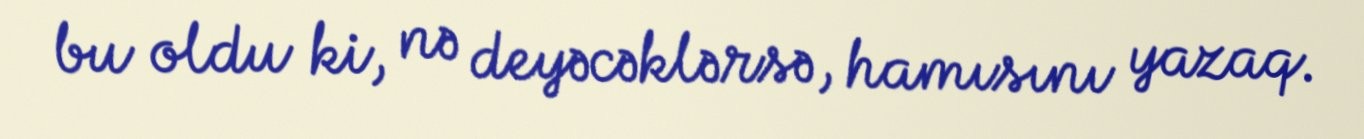
bu oldu ki, nə deyəcəklərsə, hamısını yazaq.